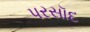
પરસૉદ